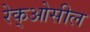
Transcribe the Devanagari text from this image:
रेक्‌ओसील